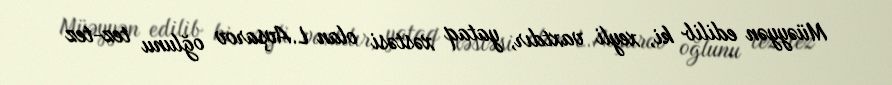
Müəyyən edilib ki, xeyli vaxtdır, yataq xəstəsi olan L.Avşarov oğlunu tez-tez